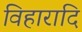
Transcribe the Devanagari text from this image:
विहारादि